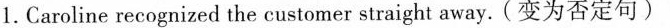
1.Caroline recognized the customer straight away. (变为否定句)